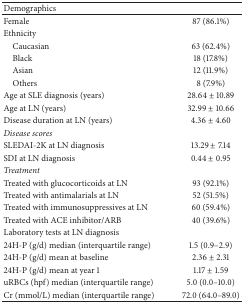
<table><thead><tr><td><b>Demographics </b></td><td><b> </b></td></tr></thead><tbody><tr><td>Female</td><td>87 (86.1%)</td></tr><tr><td>Ethnicity</td><td> </td></tr><tr><td> Caucasian</td><td>63 (62.4%)</td></tr><tr><td> Black</td><td>18 (17.8%)</td></tr><tr><td> Asian</td><td>12 (11.9%)</td></tr><tr><td> Others</td><td>8 (7.9%)</td></tr><tr><td>Age at SLE diagnosis (years)</td><td>28.64 ± 10.89</td></tr><tr><td>Age at LN (years)</td><td>32.99 ± 10.66</td></tr><tr><td>Disease duration at LN (years)</td><td>4.36 ± 4.60</td></tr><tr><td><i>Disease scores</i></td><td> </td></tr><tr><td>SLEDAI-2K at LN diagnosis</td><td>13.29 ± 7.14</td></tr><tr><td>SDI at LN diagnosis</td><td>0.44 ± 0.95</td></tr><tr><td><i>Treatment</i></td><td> </td></tr><tr><td>Treated with glucocorticoids at LN</td><td>93 (92.1%)</td></tr><tr><td>Treated with antimalarials at LN</td><td>52 (51.5%)</td></tr><tr><td>Treated with immunosuppressives at LN</td><td>60 (59.4%)</td></tr><tr><td>Treated with ACE inhibitor/ARB</td><td>40 (39.6%)</td></tr><tr><td>Laboratory tests at LN diagnosis</td><td> </td></tr><tr><td>24H-P (g/d) median (interquartile range)</td><td>1.5 (0.9–2.9)</td></tr><tr><td>24H-P (g/d) mean at baseline</td><td>2.36 ± 2.31</td></tr><tr><td>24H-P (g/d) mean at year 1</td><td>1.17 ± 1.59</td></tr><tr><td> uRBCs (hpf) median (interquartile range)</td><td>5.0 (0.0–10.0)</td></tr><tr><td>Cr (mmol/L) median (interquartile range)</td><td>72.0 (64.0–89.0)</td></tr></tbody></table>